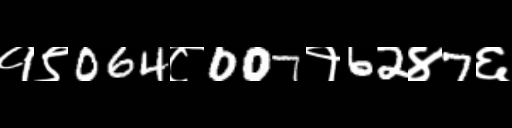
Text: १९064८007१62४7६